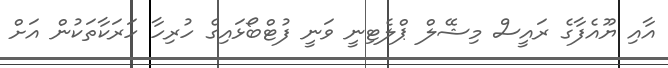
އާއި ޔޫއެފާގެ ރައީސް މިޝޭލް ޕްލެޓިނީ ވަނީ ފުޓްބޯޅައިގެ ހުރިހާ ހަރަކާތަކުން އަށް